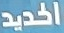
الحديد